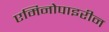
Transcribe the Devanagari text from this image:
एमिनोपाइरीन